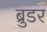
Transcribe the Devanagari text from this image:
ब्रुडर